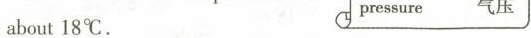
about 18℃. pressure气压